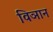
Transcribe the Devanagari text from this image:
विञान